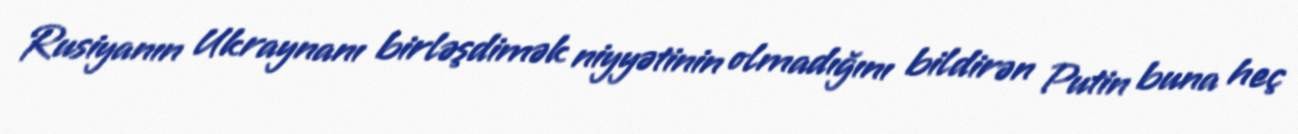
Rusiyanın Ukraynanı birləşdimək niyyətinin olmadığını bildirən Putin buna heç